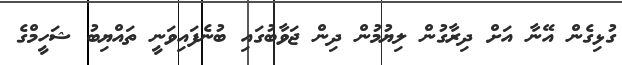
ގުޅިގެން އޭނާ އަށް ދިރާގުން ލިޔުމުން ދިން ޖަވާބުގައި ބުނެފައިވަނީ ތައްޔިބު ޝަހީމްގެ